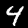
Digit: 4